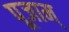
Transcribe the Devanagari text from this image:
पूजाम्